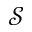
\mathcal { S }